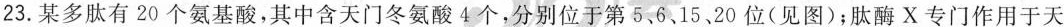
23.某多肽有20个氨基酸，其中含天门冬氨酸4个，分别位于第5、6、15、20位(见图)；肽酶X专门作用于天